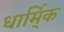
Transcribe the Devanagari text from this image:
धार्मि्क